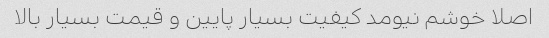
اصلا خوشم نیومد کیفیت بسیار پایین و قیمت بسیار بالا